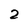
Character: 2